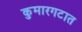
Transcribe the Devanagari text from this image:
कुमारगटात